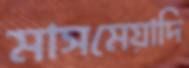
মাসমেয়াদি